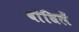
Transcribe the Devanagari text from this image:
बांधिलें